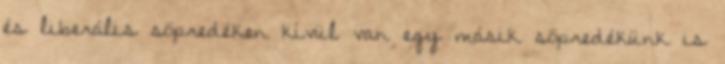
és liberális söpredéken kívül van egy másik söpredékünk is